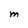
Character: M